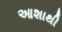
આશાથી